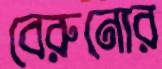
বেরুনোর